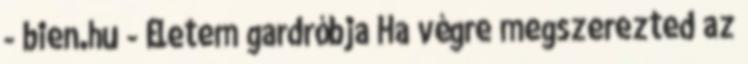
- bien.hu - Életem gardróbja Ha végre megszerezted az